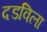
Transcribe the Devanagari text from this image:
दडविला